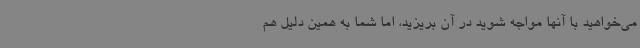
می‌خواهید با آنها مواجه شوید در آن بریزید، اما شما به همین دلیل هم